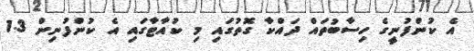
އެ ކުންފުނީގެ ހިސާބުތައް ދައްކާ ގޮތުގައި މި ކުއާޓާގައި އެ ކުންފުނިން 1.3